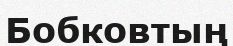
Бобковтың